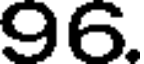
96.